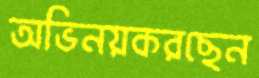
অভিনয়করছেন